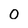
Character: 0